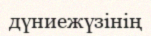
дүниежүзінің